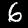
Digit: 6